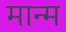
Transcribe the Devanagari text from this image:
मान्म